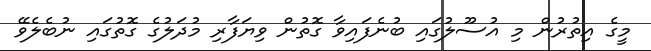
މީގެ އިތުރުން މި އުސޫލުގައި ބުނެފައިވާ ގޮތުން ވިޔަފާރި މުދަލުގެ ގޮތުގައި ނުބެލެވޭ